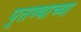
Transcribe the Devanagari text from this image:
पुतण्याच्या